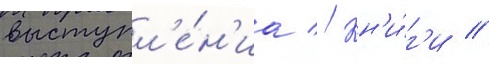
выступл'е́н'иа // Кн'и́г'и //